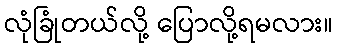
လုံခြုံတယ်လို့ ပြောလို့ရမလား။